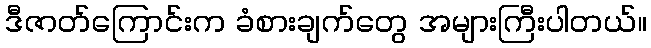
ဒီဇာတ်ကြောင်းက ခံစားချက်တွေ အများကြီးပါတယ်။